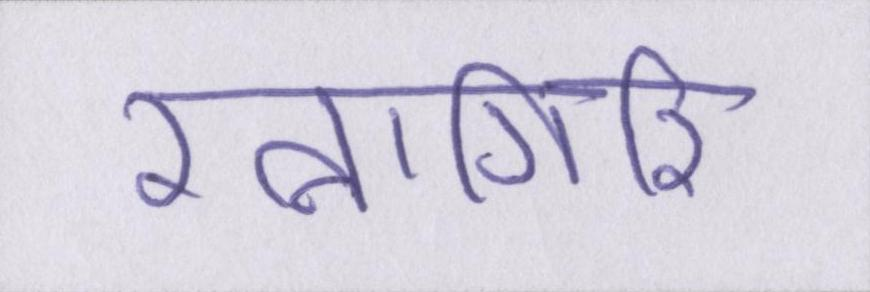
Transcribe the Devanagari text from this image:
रत्नागिरि